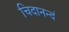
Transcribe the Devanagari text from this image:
चिदानन्दं